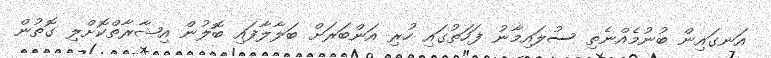
އަނގައިން ބުނުމެއްނެތި ސުލައިމާނު ފަހަތުގައި ހުރި އަންބަރަށް ބަލާލާފައި ބޮލުން އިޝާރާތްކޮށްލި ގޮތުން